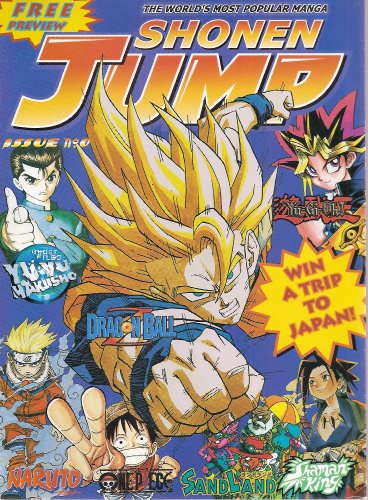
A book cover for Shonen Jump Issue No. 0; Comics & Graphic Novels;